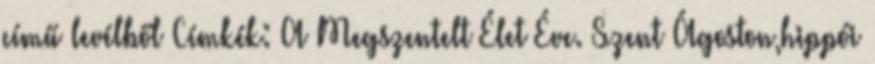
című levélből Címkék: A Megszentelt Élet Éve. Szent Ágoston,hippói